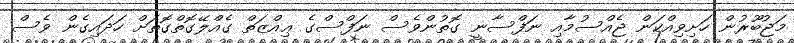
މަޖުބޫރުން ހަށިވިއްކަން ޖެއްސުމާއި ނަފްސާނީ ގޮތުންވެސް ނަފްސްގެ ޢިއްޒަތް ގެއްލޭގޮތްގޮތަށް ހަދައިގެން ވެސް